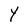
Character: Y